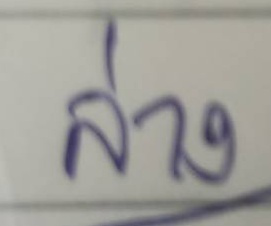
ล่าง